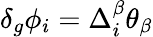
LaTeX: \delta_{g}\phi_{i}=\Delta_{i}^{\beta}\theta_{\beta}